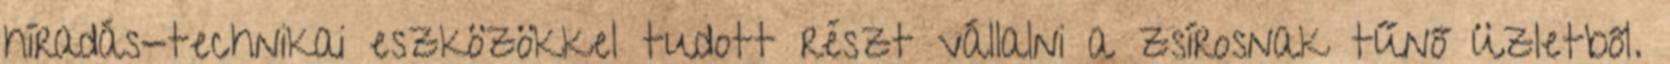
híradás-technikai eszközökkel tudott részt vállalni a zsírosnak tűnő üzletből.